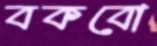
বকবো